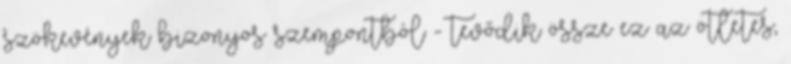
szökevények bizonyos szempontból - tevődik össze ez az ötletes,